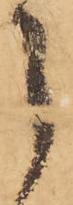
之